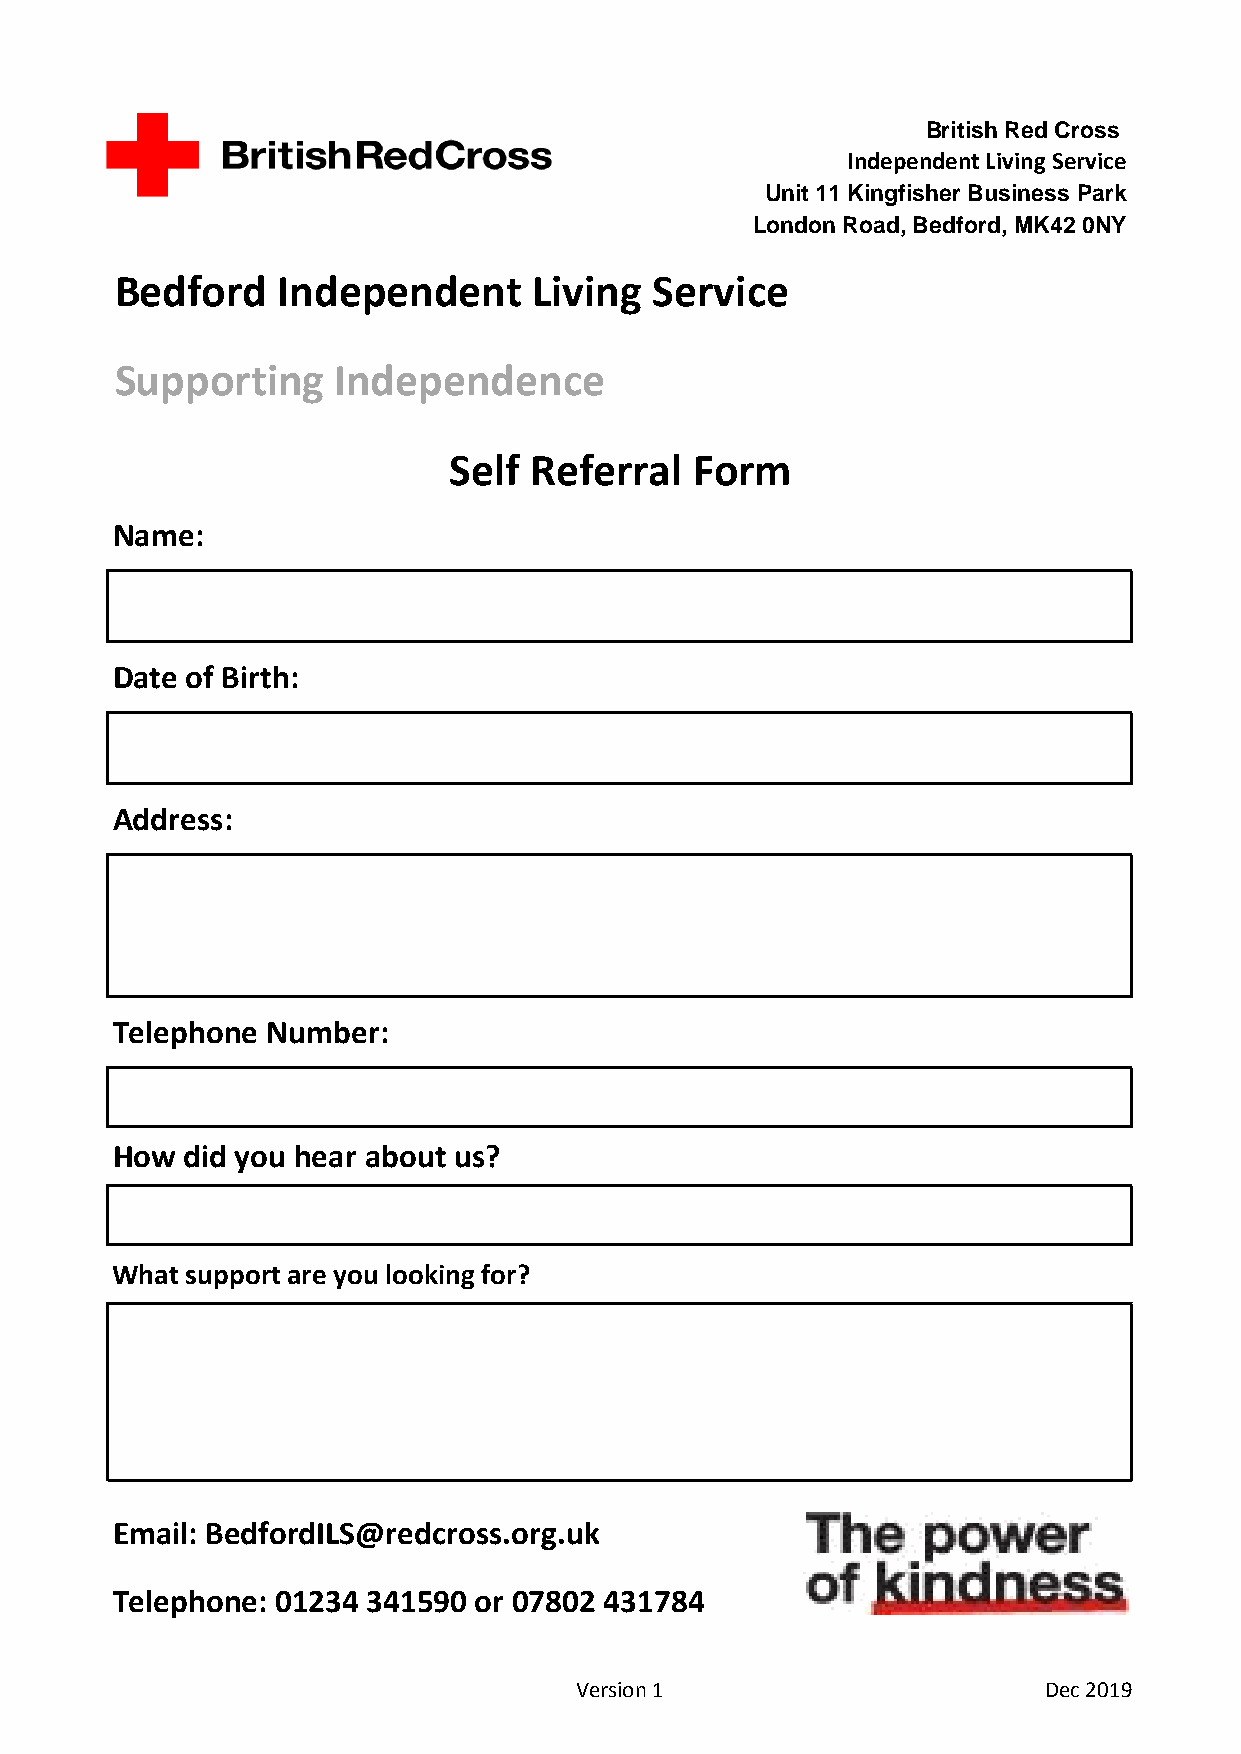
British Red Cross
 Independent Living Service
 Unit 11 Kingfisher Business Park
 London Road, Bedford, MK42 0NY
 Bedford   Independent      Living  Service
 Supporting    Independence
 Self Referral   Form
 Name:
 Date of Birth:
 Address:
 Telephone  Number:
 How  did you hear about us?
 What support are you looking for?
 Email: BedfordILS@redcross.org.uk
 Telephone: 01234 341590 or 07802 431784
 Version 1                      Dec 2019